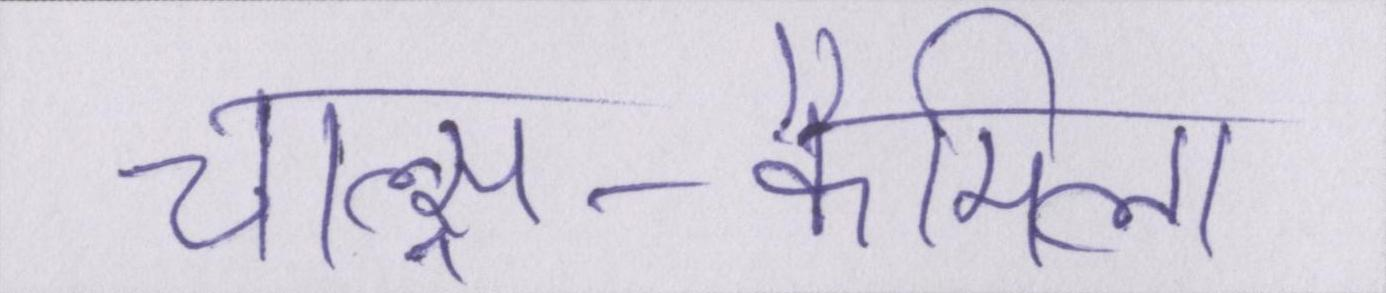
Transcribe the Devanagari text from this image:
चाल्र्स-कैमिला